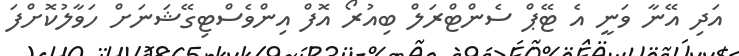
އަދި އޭނާ ވަނީ އެ ޓޭޕް ސެންޓްރަލް ބިއުރޯ އޮފް އިންވެސްޓިގޭޝަނަށް ހަވާލުކޮށްފަ